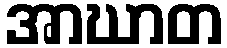
အာဃာတ